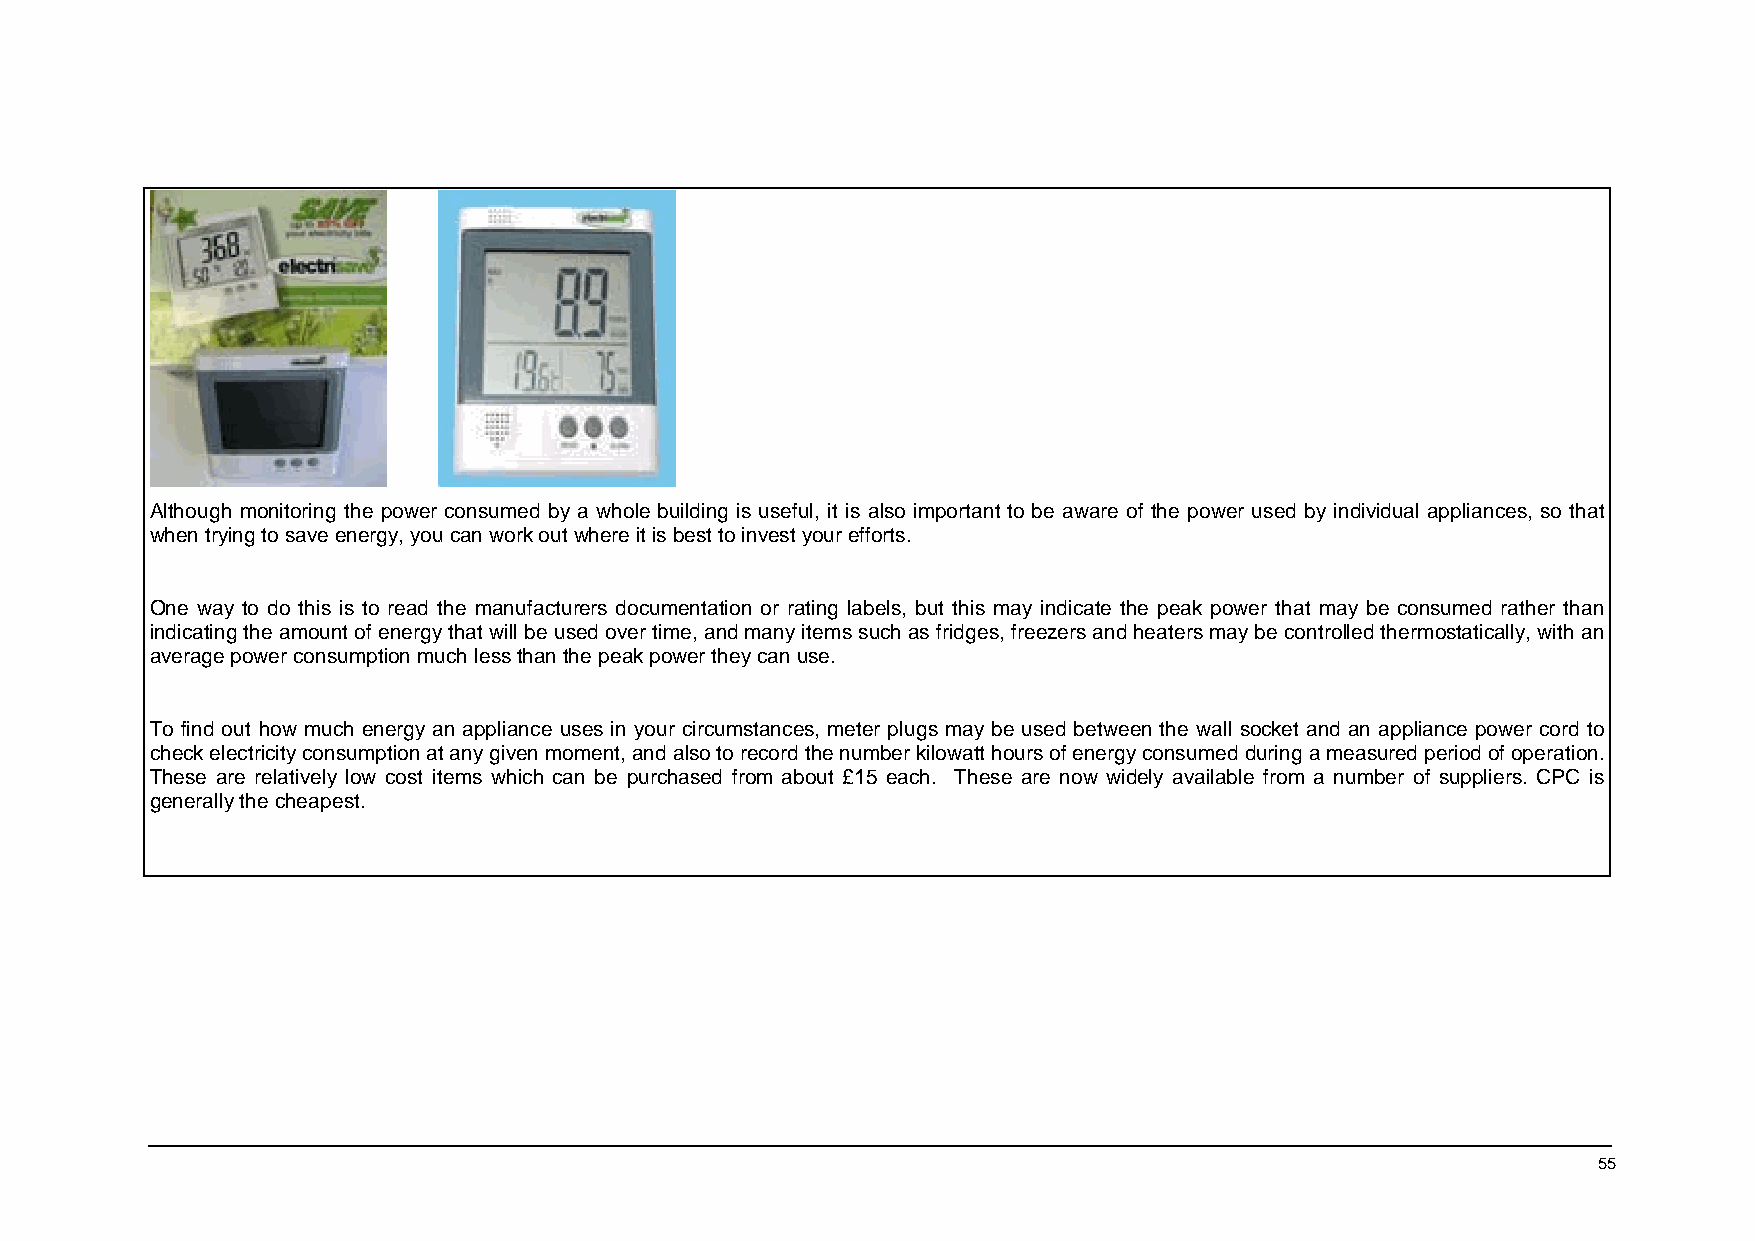
Although monitoring the power consumed by a whole building is useful, it is also important to be aware of the power used by individual appliances, so that
 when trying to save energy, you can work out where it is best to invest your efforts.
 One way to do this is to read the manufacturers documentation or rating labels, but this may indicate the peak power that may be consumed rather than
 indicating the amount of energy that will be used over time, and many items such as fridges, freezers and heaters may be controlled thermostatically, with an
 average power consumption much less than the peak power they can use.
 To find out how much energy an appliance uses in your circumstances, meter plugs may be used between the wall socket and an appliance power cord to
 check electricity consumption at any given moment, and also to record the number kilowatt hours of energy consumed during a measured period of operation.
 These are relatively low cost items which can be purchased from about £15 each. These are now widely available from a number of suppliers. CPC is
 generally the cheapest.
 55